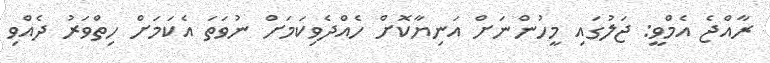
ރާއްޖެ އެމްވީ: ޖަލުގައި މީހުންނަށް އަނިޔާކޮށް ހެއްދެވިކަމަށް ނުވަތަ އެކަމަށް ހިތްވަރު ދެއްވި